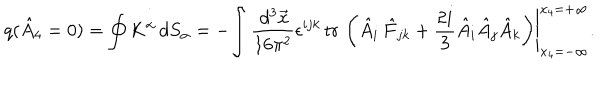
LaTeX: q ( \hat { A } _ { 4 } = 0 ) = \oint K ^ { \alpha } \, d S _ { \alpha } = - \left. \int \frac { \, d ^ { 3 } \vec { x } } { 1 6 \pi ^ { 2 } } \epsilon ^ { i j k } \, \mathrm { t r \, } \left( \hat { A } _ { i } \, \hat { F } _ { j k } + \frac { 2 i } 3 \hat { A } _ { i } \hat { A } _ { j } \hat { A } _ { k } \right) \right| _ { x _ { 4 } = - \infty } ^ { x _ { 4 } = + \infty } .